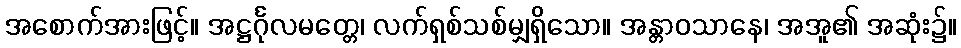
အစောက်အားဖြင့်။ အဋ္ဌင်္ဂုလမတ္တေ၊ လက်ရှစ်သစ်မျှရှိသော။ အန္တာဝသာနေ၊ အအူ၏ အဆုံး၌။